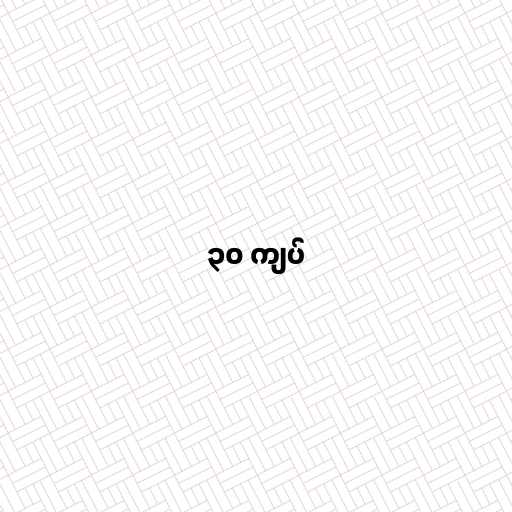
၃၀ ကျပ်